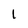
Character: 1